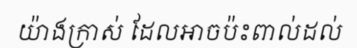
យ៉ាងក្រាស់ ដែលអាចប៉ះពាល់ដល់